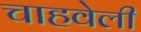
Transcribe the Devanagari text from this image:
चाहवेली